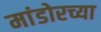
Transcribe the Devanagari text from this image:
मांडोरच्या